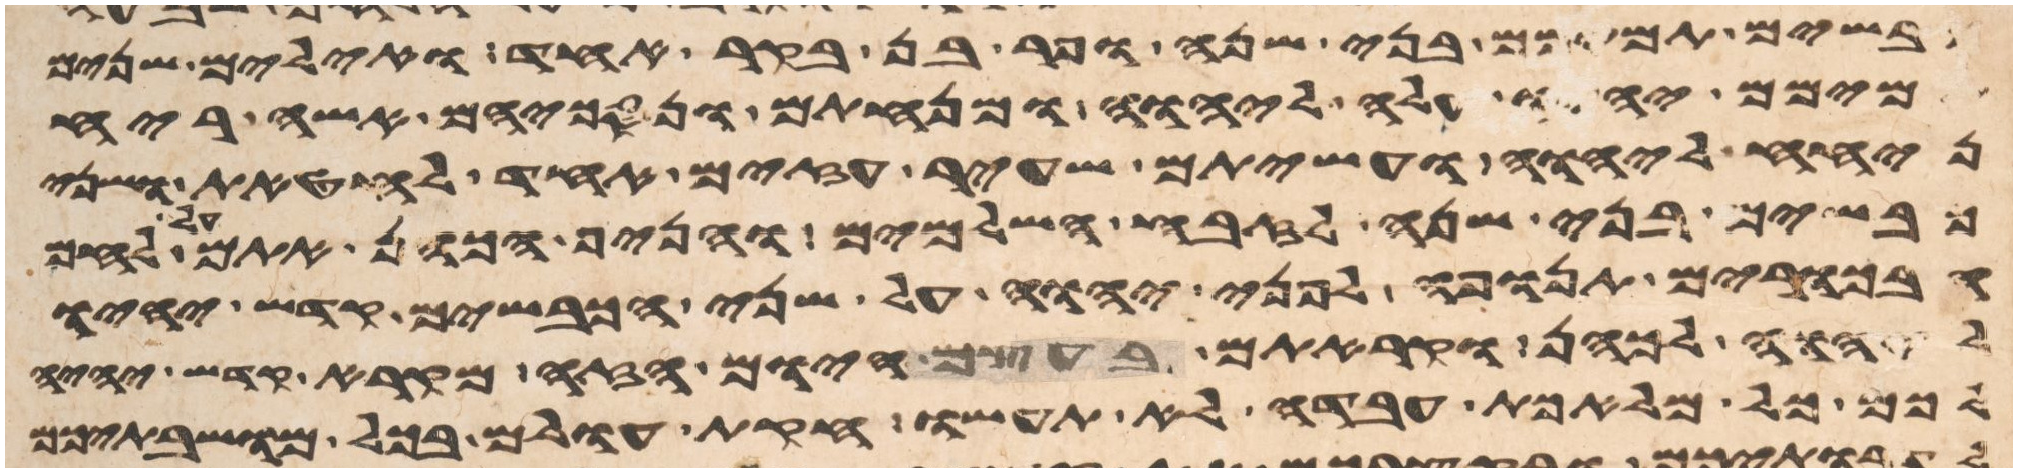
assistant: כבשים תמימם בני שנה ופר בן בקר אחד ואילים שנים
תמימם יהיו עלה ליהוה ומנחתם ונסכיהם אשה ריח
ניחח ליהוה ועשיתם שעיר עזים אחד לחטאת ושני
כבשים בני שנה לזבח השלמים והניף הכהן אתם על לחם
הבכורים תנופה לפני יהוה על שני הכבשים קדש יהיו
ליהוה לכהן וקראתם בעצם היום הזה מקרא קדש יהיה
לכם כל מלאכת עבדה לא תעשו חקות עולם בכל מושבתיכם